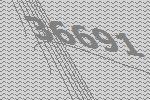
36691